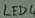
Text: LED4